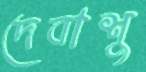
দেবাশু